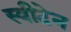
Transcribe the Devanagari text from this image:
स्वीटेन